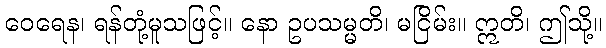
ဝေရေန၊ ရန်တုံ့မူသဖြင့်။ နော ဥပသမ္မတိ၊ မငြိမ်း။ ဣတိ၊ ဤသို့။